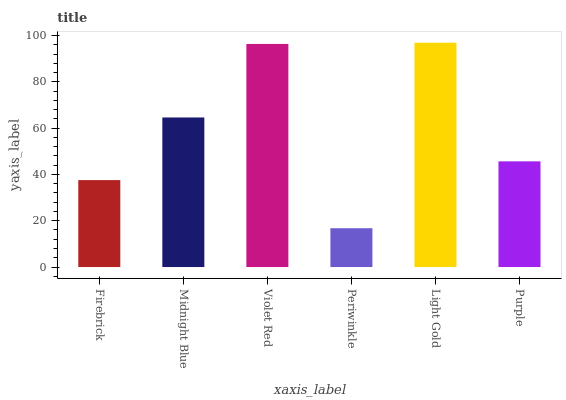
| xaxis_label | bars |
 | --- | --- |
 | Firebrick | 37.6 |
 | Midnight Blue | 64.6 |
 | Violet Red | 96.4 |
 | Periwinkle | 16.8 |
 | Light Gold | 96.9 |
 | Purple | 45.7 |